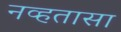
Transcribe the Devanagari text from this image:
नव्हतासा